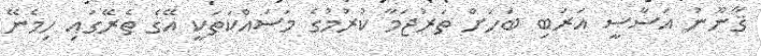
ޤާނޫނު އަސާސީ އަރަބި ބަހަށް ތަރުޖަމާ ކުރުމުގެ މަސައްކަތަކީ އޭގެެ ތެރޭގައި ހިމެނޭ